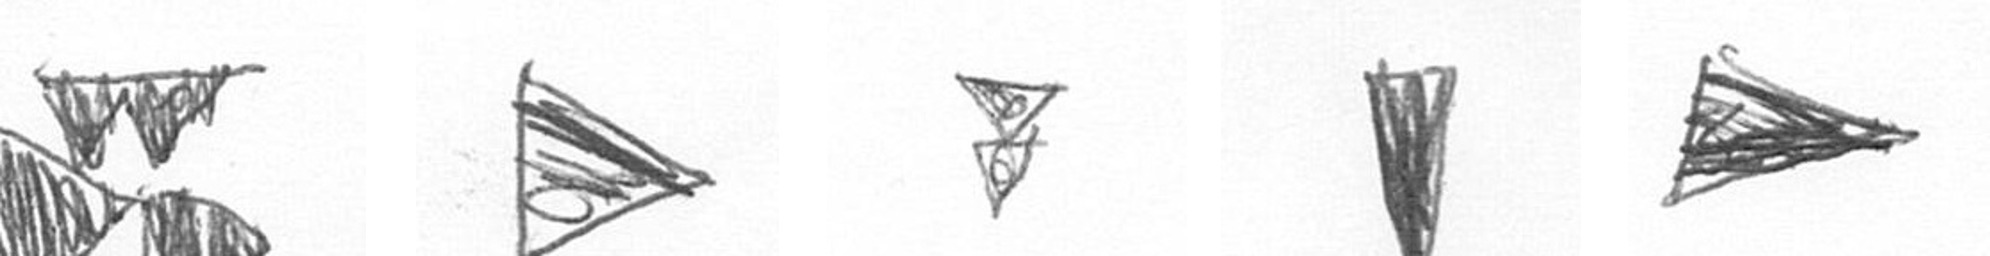
B T Z J T